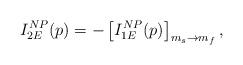
LaTeX: \begin{align*}I_{2E}^{NP}(p)=-\left[ I_{1E}^{NP}(p)\right] _{m_{s}\rightarrow m_{f}},\end{align*}